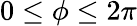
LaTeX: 0\leq\phi\leq 2\pi